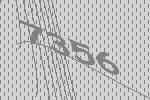
7356